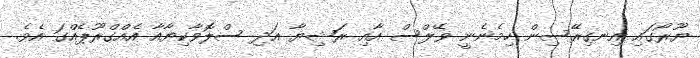
ޔޫރޯގައި އިނގިރޭސިން ހިމެެނެނީ ވޭލްސް އާއި ރަޝިޔާ އަދި ސްލޮވާކިޔާއާ އެއްގްރޫޕެއްގަ އެވެ.